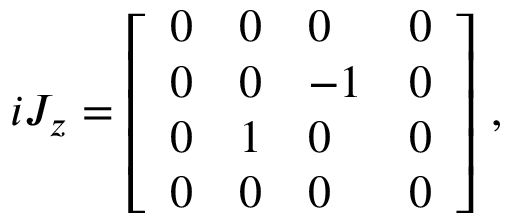
i J _ { z } = { \left[ \begin{array} { l l l l } { 0 } & { 0 } & { 0 } & { 0 } \\ { 0 } & { 0 } & { - 1 } & { 0 } \\ { 0 } & { 1 } & { 0 } & { 0 } \\ { 0 } & { 0 } & { 0 } & { 0 } \end{array} \right] } ~ ,